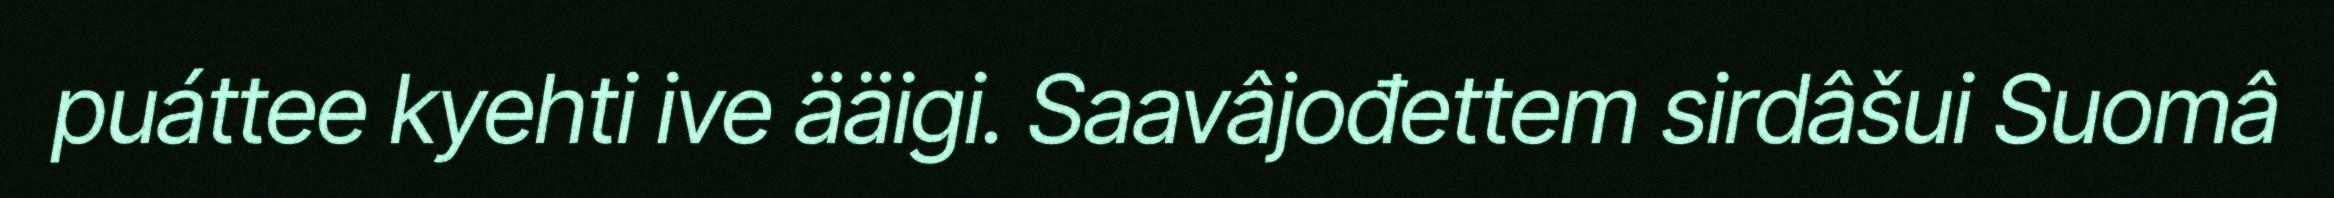
puáttee kyehti ive ääigi. Saavâjođettem sirdâšui Suomâ